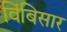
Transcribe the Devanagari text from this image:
विंबिसार